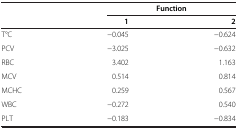
|  | <COLSPAN=2> Function |
 |  | 1 | 2 |
 | --- | --- | --- |
 | T°C | -0.045 | -0.624 |
 | PCV | -3.025 | -0.632 |
 | RBC | 3.402 | 1.163 |
 | MCV | 0.514 | 0.814 |
 | MCHC | 0.259 | 0.567 |
 | WBC | -0.272 | 0.540 |
 | PLT | -0.183 | -0.834 |